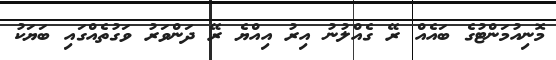
މޮނިއުމަންޓުގެ ބައެއް ރޭ ގެއްލުނު އިރު އިއްޔެ ރޭ ދަންވަރު ވަގުތެއްގައި ބަޔަކު